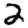
Digit: 2